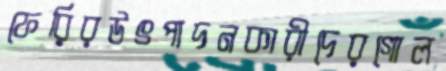
ফেরিরউৎপাদনকারীদেরগোল